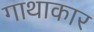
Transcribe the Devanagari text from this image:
गाथाकार